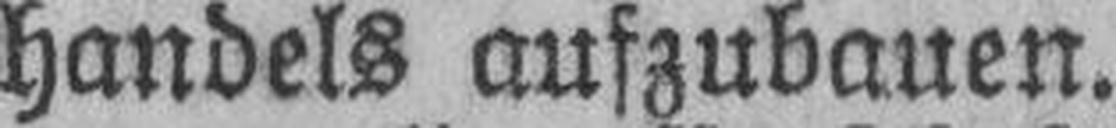
handels aufzubauen.